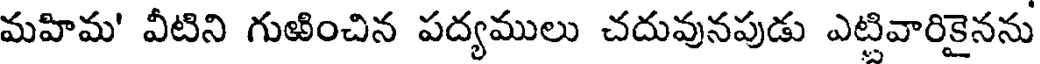
మహిమ' వీటిని గుఱించిన పద్యములు చదువునపుడు ఎట్టివారికైనను